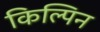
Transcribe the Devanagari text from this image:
किल्पिन